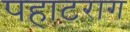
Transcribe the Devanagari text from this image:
पहाटराग